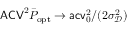
\mathsf { A C V } ^ { 2 } \bar { P } _ { \mathrm { o p t } } \to \mathsf { a c v } _ { 0 } ^ { 2 } / ( 2 \sigma _ { \mathscr D } ^ { 2 } )